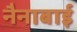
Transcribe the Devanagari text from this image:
नैनाबाई